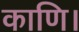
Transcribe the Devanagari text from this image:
काणि।